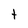
Character: t